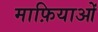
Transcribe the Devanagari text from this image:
माफ़ियाओं